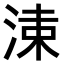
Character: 𣷵